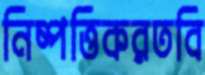
নিষ্পত্তিকরতবি